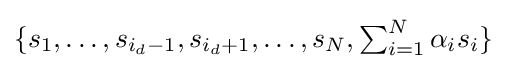
{\textstyle \{s_{1},\dots ,s_{i_{d}-1},s_{i_{d}+1},\dots ,s_{N},\sum _{i=1}^{N}\alpha _{i}s_{i}\}}